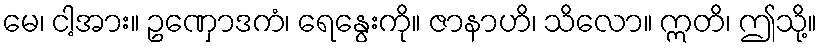
မေ၊ ငါ့အား။ ဥဏှောဒကံ၊ ရေနွေးကို။ ဇာနာဟိ၊ သိလော။ ဣတိ၊ ဤသို့။